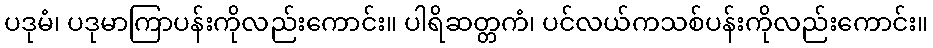
ပဒုမံ၊ ပဒုမာကြာပန်းကိုလည်းကောင်း။ ပါရိဆတ္တကံ၊ ပင်လယ်ကသစ်ပန်းကိုလည်းကောင်း။